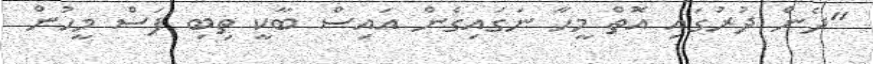
"ދެން ދުރުގައި އޮތް މީހާ ނަގައިގެން އައިސް ބާކީ ތިބި ފަސް މީހުން